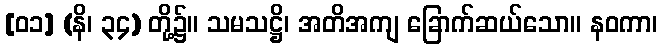
[၀၁] (နိ၊ ၃၄) တို့၌။ သမသဋ္ဌိ၊ အတိအကျ ခြောက်ဆယ်သော။ နဝကာ၊